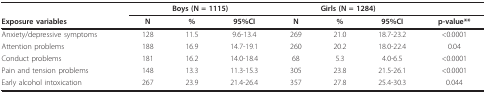
<table><thead><tr><td></td><td colspan="3"><b>Boys (N = 1115)</b></td><td colspan="3"><b>Girls (N = 1284)</b></td><td></td></tr><tr><td><b>Exposure variables</b></td><td><b>N</b></td><td><b>%</b></td><td><b>95%CI</b></td><td><b>N</b></td><td><b>%</b></td><td><b>95%CI</b></td><td><b>p-value**</b></td></tr></thead><tbody><tr><td>Anxiety/depressive symptoms</td><td>128</td><td>11.5</td><td>9.6-13.4</td><td>269</td><td>21.0</td><td>18.7-23.2</td><td>&lt;0.0001</td></tr><tr><td>Attention problems</td><td>188</td><td>16.9</td><td>14.7-19.1</td><td>260</td><td>20.2</td><td>18.0-22.4</td><td>0.04</td></tr><tr><td>Conduct problems</td><td>181</td><td>16.2</td><td>14.0-18.4</td><td>68</td><td>5.3</td><td>4.0-6.5</td><td>&lt;0.0001</td></tr><tr><td>Pain and tension problems</td><td>148</td><td>13.3</td><td>11.3-15.3</td><td>305</td><td>23.8</td><td>21.5-26.1</td><td>&lt;0.0001</td></tr><tr><td>Early alcohol intoxication</td><td>267</td><td>23.9</td><td>21.4-26.4</td><td>357</td><td>27.8</td><td>25.4-30.3</td><td>0.044</td></tr></tbody></table>